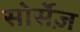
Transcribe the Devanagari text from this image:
सोर्सेज़